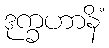
ဒုက္ခဟာနိံ